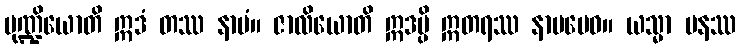
မုဏ္ဍိယောတိ ဣဒံ တဿ နာမံ။ ဇာလိယောတိ ဣဒမ္ပိ ဣတရဿ နာမမေဝ။ ယသ္မာ ပနဿ